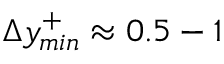
\Delta y _ { m i n } ^ { + } \approx 0 . 5 - 1